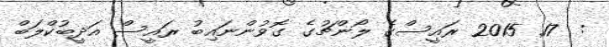
:  17